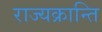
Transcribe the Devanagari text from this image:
राज्यक्रान्ति